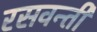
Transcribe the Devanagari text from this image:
रसवन्ती